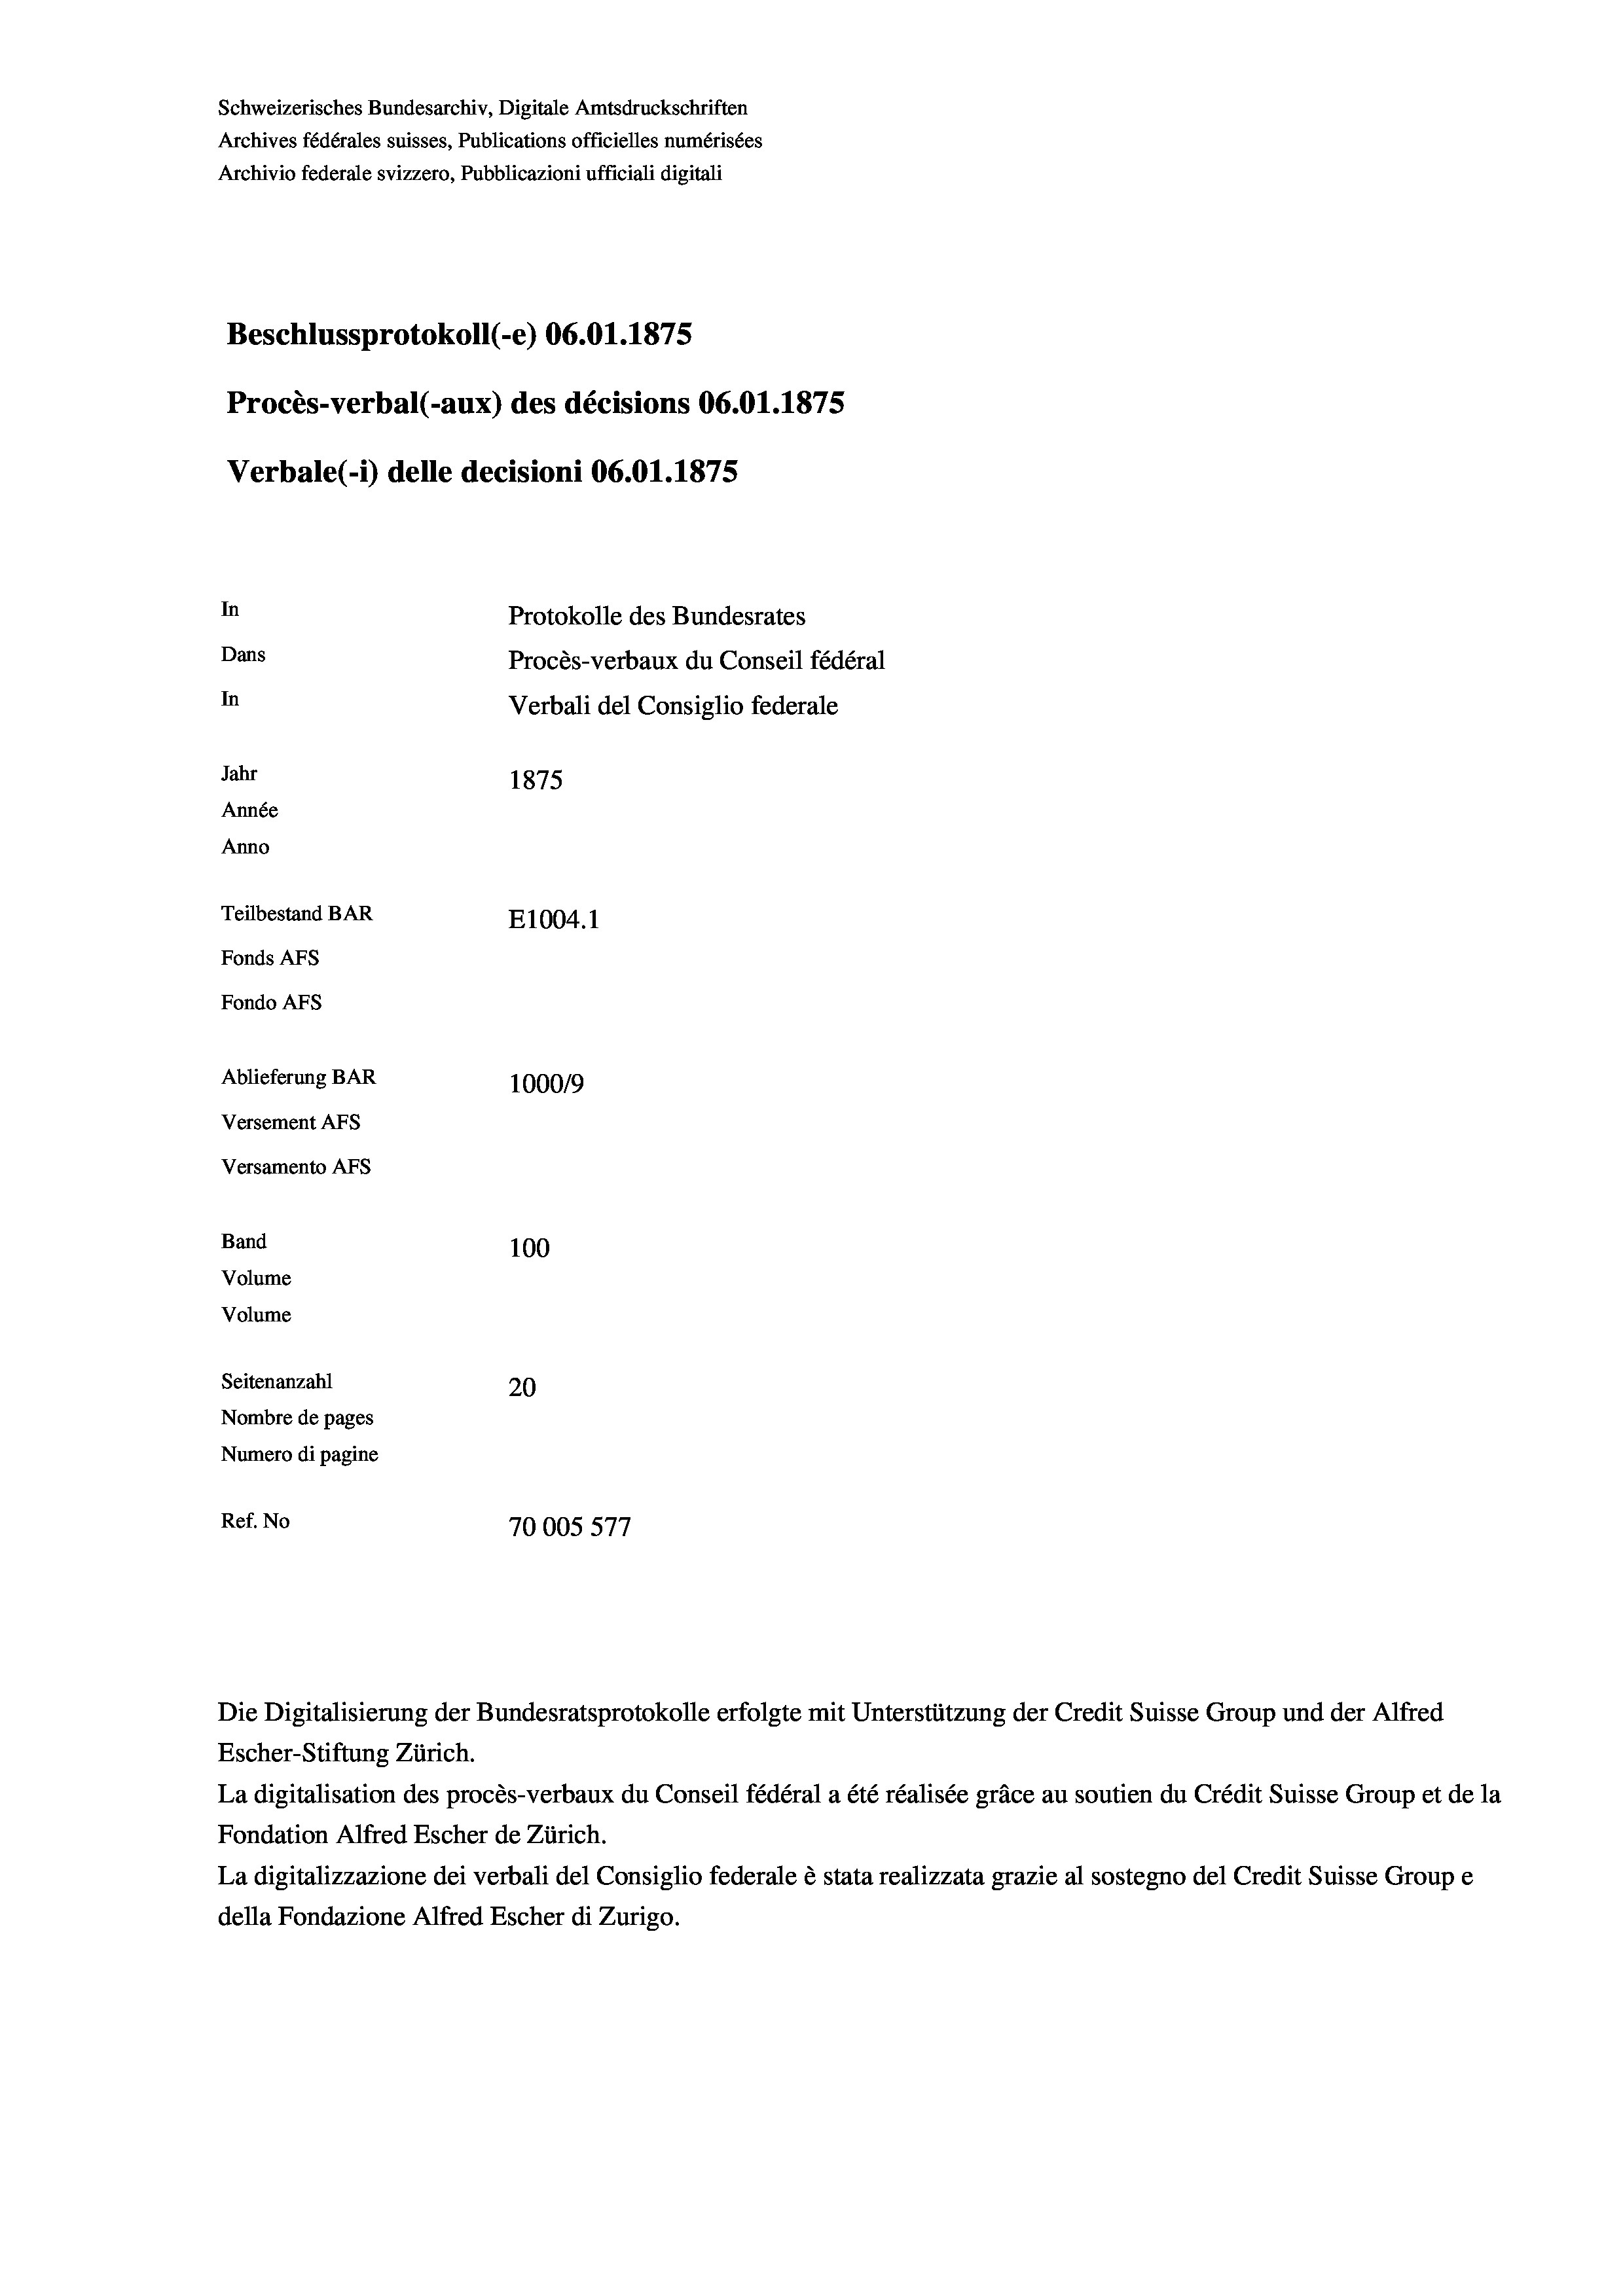
Schweizerisches Bundesarchiv, Digitale Amtsdruckschriften
Archives fédérales suisses, Publications officielles numérisées
Archivio federale svizzero, Pubblicazioni ufficiali digitali
Beschlussprotokoll (-e) 06.01. 1875
Procès-verbal (-aux) des décisions 06.01.1875
Verbale (1) delle decisioni 06.01.1875
In
Protokolle des Bundesrates
Dans
Procès-verbaux du Conseil fédéral
In
Verbali del Consiglio federale
Jahr
1875
Année
Anno
Teilbestand BAR
E1004. 1
Fonds AFs
Fondo AFs
Ablieferung BAR
1000/9
Versement Abs

Versamento AFs
Band
Volume
Volume

100
Seitenanzahl
20
Nombre de pages
Numero di pagine
Ref. No
70005 577

Die Digitalisierung der Bundesratsprotokolle erfolgte mit Unterstützung der Credit Suisse Group und der Alfred
Escher-Stiftung Zürich.
La digitalisation des procès-verbaux du Conseil fédéral a été réalisée gräce au soutien du Crédit Suisse Group et de la
Fondation Alfred Escher de Zürich.
La digitalizzazione dei verbali del Consiglio federale è stata realizzata grazie al sostegno del Credit Suisse Groupe
della Fondazione Alfred Escher di Zurigo.